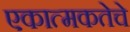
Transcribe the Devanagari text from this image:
एकात्मकतेचे